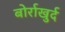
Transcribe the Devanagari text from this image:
बोर्राखुर्द